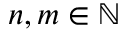
n , m \in \mathbb { N }